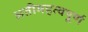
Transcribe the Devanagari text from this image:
अतीमहत्वपूर्ण